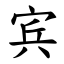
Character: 宾